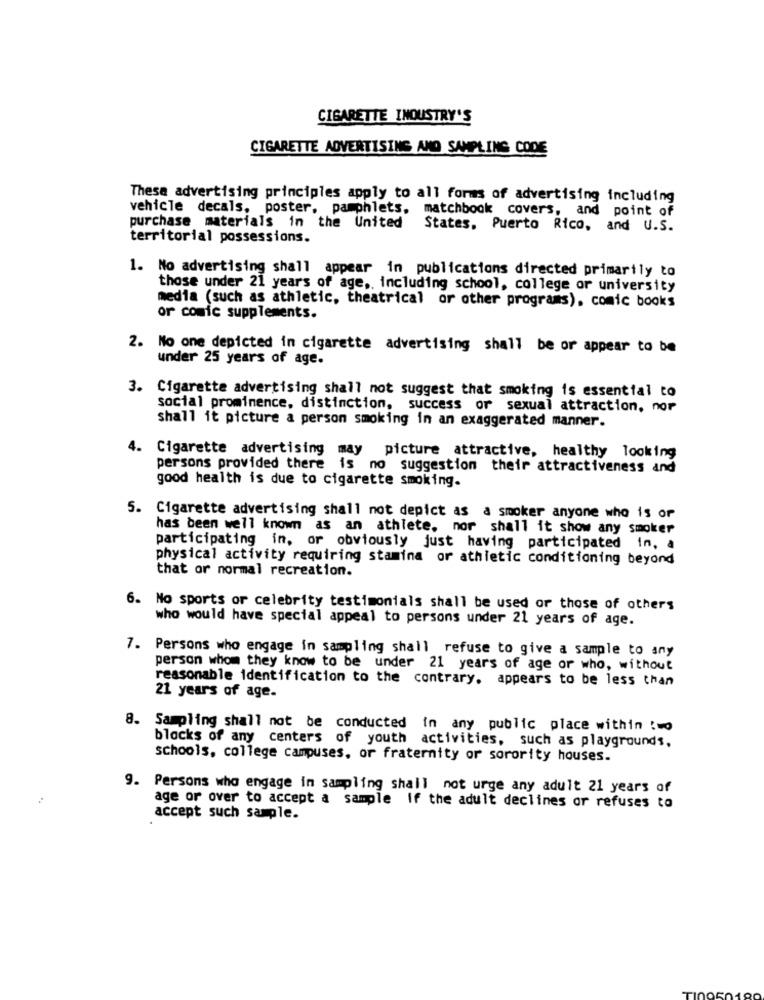
CIGARETTE INDUSTRY'S
CIGARETTE ADVERTISING AND SAMPLING CODE
Thesa advertising principles apply to all forms of advertising including
vehicle decals, poster, pamphlets, matchbook covers, and point of
purchase materials in the United
States, Puerto Rico, and U.S.
territorial possessions.
1. No advertising shall appear in publications directed primarily to
those under 21 years of age ,, including school, college or university
media (such as athletic, theatrical or other programs), comic books
or comic supplements.
2. No one depicted in cigarette advertising shall be or appear to be
under 25 years of age.
3. Cigarette advertising shall not suggest that smoking is essential to
social prominence, distinction, success or sexual attraction, nor
shall it picture a person smoking in an exaggerated manner.
4. Cigarette advertising may
picture attractive, healthy looking
persons provided there is no suggestion their attractiveness and
good health is due to cigarette smoking.
5. Cigarette advertising shall not depict as a smoker anyone who is or
has been well known as an athlete, nor shall it show any smoker
participating in, or obviously just having participated in, a
physical activity requiring stamina or athletic conditioning beyond
that or normal recreation.
6. No sports or celebrity testimonials shall be used or those of others
who would have special appeal to persons under 21 years of age.
7. Persons who engage in sampling shall refuse to give a sample to any
person whom they know to be under 21 years of age or who, without
reasonable identification to the contrary, appears to be less than
21 years of age.
8. Sampling shall not be conducted in any public place within !wo
blocks of any centers of youth activities, such as playgrounds.
schools, college campuses, or fraternity or sorority houses.
9. Persons who engage in sampling shall not urge any adult 21 years of
age or over to accept a sample if the adult declines or refuses to
accept such sample.